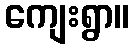
ကျေးရွာ။